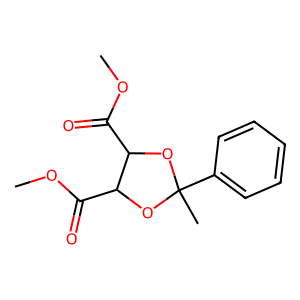
SMILES: COC(=O)C1OC(C)(c2ccccc2)OC1C(=O)OC
Inhibits HIV replication: No